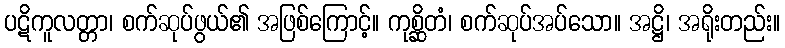
ပဋိကူလတ္တာ၊ စက်ဆုပ်ဖွယ်၏ အဖြစ်ကြောင့်။ ကုစ္ဆိတံ၊ စက်ဆုပ်အပ်သော။ အဋ္ဌိ၊ အရိုးတည်း။